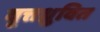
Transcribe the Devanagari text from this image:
वृत्तध्रुवित